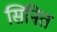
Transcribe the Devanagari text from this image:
सिनित